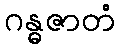
ဂန္ဓဇာတံ